Indian journal of veterinary science and animal husbandry - Volume 6,
Year: 1936
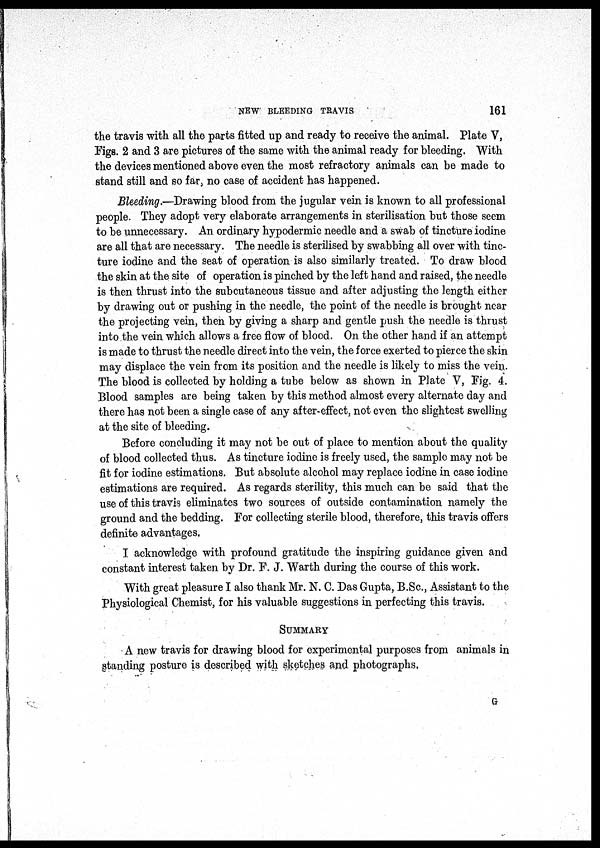
NEW BLEEDING TRAVIS
161
the travis with all the parts fitted up and ready to receive the animal. Plate V,
Figs. 2 and 3 are pictures of the same with the animal ready for bleeding. With
the devices mentioned above even the most refractory animals can be made to
stand still and so far, no case of accident has happened.
Bleeding.—Drawing blood from the jugular vein is known to all professional
people. They adopt very elaborate arrangements in sterilisation but those seem
to be unnecessary. An ordinary hypodermic needle and a swab of tincture iodine
are all that are necessary. The needle is sterilised by swabbing all over with tinc-
ture iodine and the seat of operation is also similarly treated. To draw blood
the skin at the site of operation is pinched by the left hand and raised, the needle
is then thrust into the subcutaneous tissue and after adjusting the length either
by drawing out or pushing in the needle, the point of the needle is brought near
the projecting vein, then by giving a sharp and gentle push the needle is thrust
into the vein which allows a free flow of blood. On the other hand if an attempt
is made to thrust the needle direct into the vein, the force exerted to pierce the skin
may displace the vein from its position and the needle is likely to miss the vein.
The blood is collected by holding a tube below as shown in Plate V, Fig. 4.
Blood samples are being taken by this method almost every alternate day and
there has not been a single case of any after-effect, not even the slightest swelling
at the site of bleeding.
Before concluding it may not be out of place to mention about the quality
of blood collected thus. As tincture iodine is freely used, the sample may not be
fit for iodine estimations. But absolute alcohol may replace iodine in case iodine
estimations are required. As regards sterility, this much can be said that the
use of this travis eliminates two sources of outside contamination namely the
ground and the bedding. For collecting sterile blood, therefore, this travis offers
definite advantages.
I acknowledge with profound gratitude the inspiring guidance given and
constant interest taken by Dr. F. J. Warth during the course of this work.
With great pleasure I also thank Mr. N. C. Das Gupta, B.Sc., Assistant to the
Physiological Chemist, for his valuable suggestions in perfecting this travis.
SUMMARY
A new travis for drawing blood for experimental purposes from animals in
standing posture is described with sketches and photographs,
G